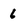
Character: 6